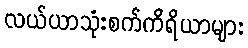
လယ်ယာသုံးစက်ကိရိယာများ